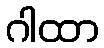
ဂါထာ